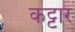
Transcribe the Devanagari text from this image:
कट्टार